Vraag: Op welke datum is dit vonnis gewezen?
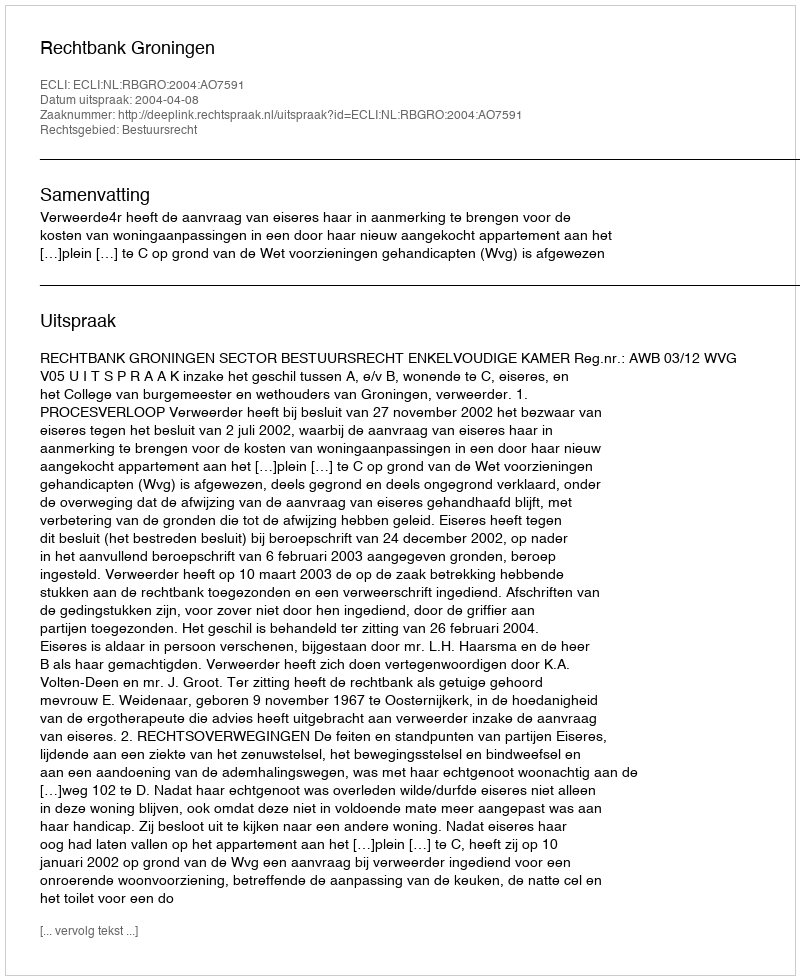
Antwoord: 2004-04-08